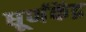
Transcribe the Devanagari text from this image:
धूर्णकेंद्र